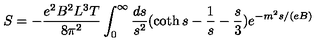
S = - \frac { e ^ { 2 } B ^ { 2 } L ^ { 3 } T } { 8 \pi ^ { 2 } } \int _ { 0 } ^ { \infty } \frac { d s } { s ^ { 2 } } ( \coth s - \frac { 1 } { s } - \frac { s } { 3 } ) e ^ { - m ^ { 2 } s / ( e B ) }